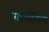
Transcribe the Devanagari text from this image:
वामांगिनी